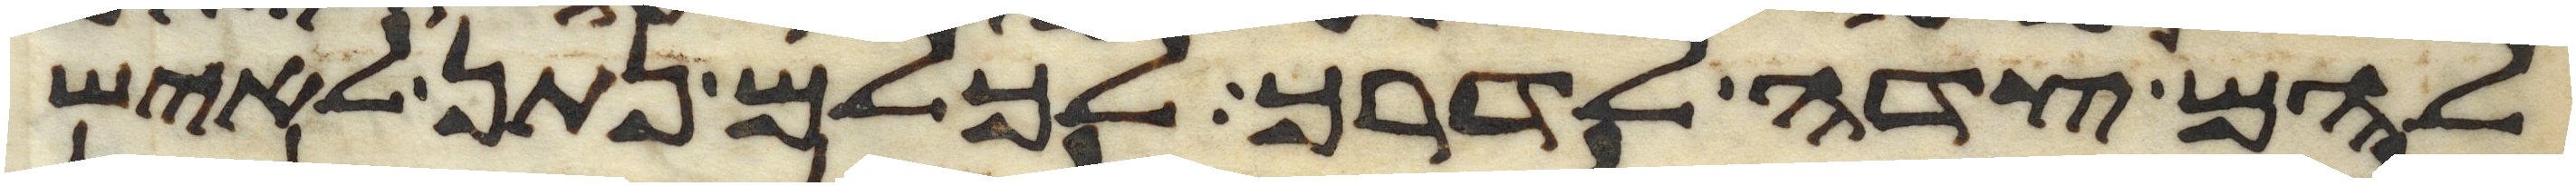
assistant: להם צדה לדרך לכלם נתן לאיש